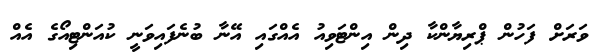
ވަރަށް ފަހުން ޕްރިޔާންކާ ދިން އިންޓަވިއު އެއްގައި އޭނާ ބުނެފައިވަނީ ކުއަންޓިއޯގެ އެއް